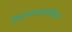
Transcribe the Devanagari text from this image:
हिस्टोप्लाज्मोसिस